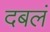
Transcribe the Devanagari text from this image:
दबलं